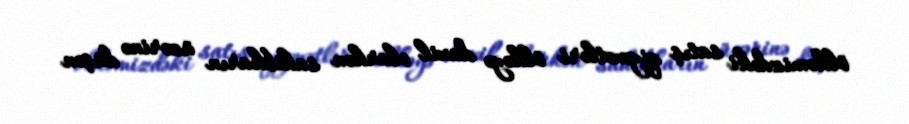
ölkəmizdəki satış qiymətləri ölkəyə daxil olarkən sahibkarın üzərinə düşən